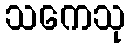
သကေသု